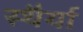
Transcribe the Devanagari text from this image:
स्थैर्या